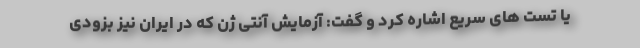
یا تست های سریع اشاره کرد و گفت: آزمایش آنتی ژن که در ایران نیز بزودی